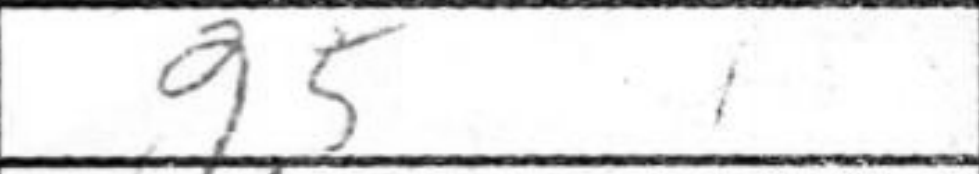
Transcription: g5